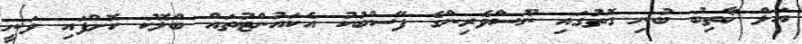
އަލް ޚާތިބު ބުނި ގޮތުގައި ނޫސްވެރިންގެ ފޭސްބުކު އެކައުންޓުތައް ބްލޮކު ކޮށްފައި ވަނީ